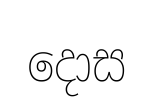
දොස